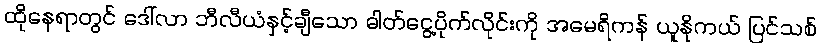
ထိုနေရာတွင် ဒေါ်လာ ဘီလီယံနှင့်ချီသော ဓါတ်ငွေ့ပိုက်လိုင်းကို အမေရိကန် ယူနိုကယ် ပြင်သစ်